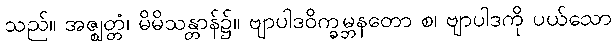
သည်။ အဇ္ဈတ္တံ၊ မိမိသန္တာန်၌။ ဗျာပါဒဝိက္ခမ္ဘနတော စ၊ ဗျာပါဒကို ပယ်သော